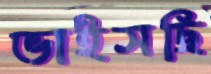
ভাইসছি